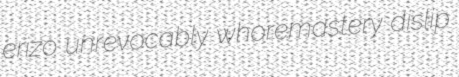
erizo unrevocably whoremastery dislip